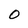
Character: O